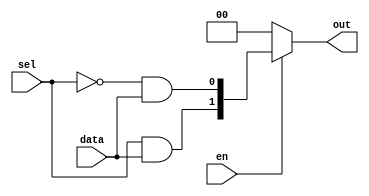
module DEMUX1x2(
	input data,
	input sel,
	input en,
	output [1:0] out
);

	wire [1:0] w;
	
	assign w[0] = ~sel & data;
	assign w[1] = sel & data;
	
	assign out = en ? w : 2'b00;

endmodule